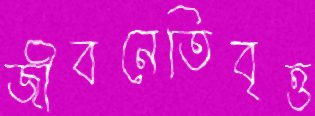
জীবনেতিবৃত্ত